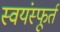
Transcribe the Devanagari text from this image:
स्वयंस्फूर्त